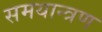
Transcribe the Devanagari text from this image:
समयान्त्रण